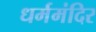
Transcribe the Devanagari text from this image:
धर्ममंदिर